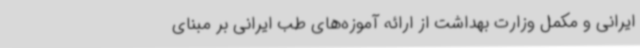
ایرانی و مکمل وزارت بهداشت از ارائه آموزه‌های طب ایرانی بر مبنای